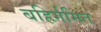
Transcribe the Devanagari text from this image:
बहिर्गमित